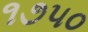
૧૭૫૦